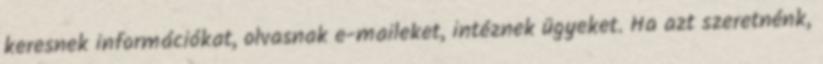
keresnek információkat, olvasnak e-maileket, intéznek ügyeket. Ha azt szeretnénk,